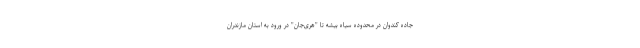
جاده کندوان در محدوده سیاه بیشه تا "هری‌جان" در ورود به استان مازندران